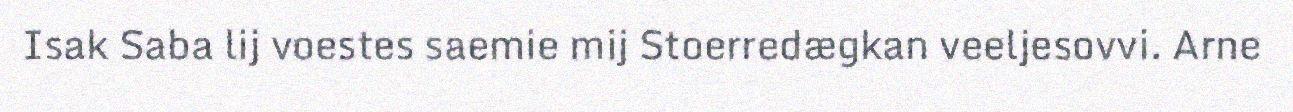
Isak Saba lij voestes saemie mij Stoerredægkan veeljesovvi. Arne